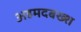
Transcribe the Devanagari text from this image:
अहमदबख्श